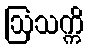
ဩသက္ကိ